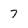
Character: 7